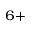
^ { 6 + }